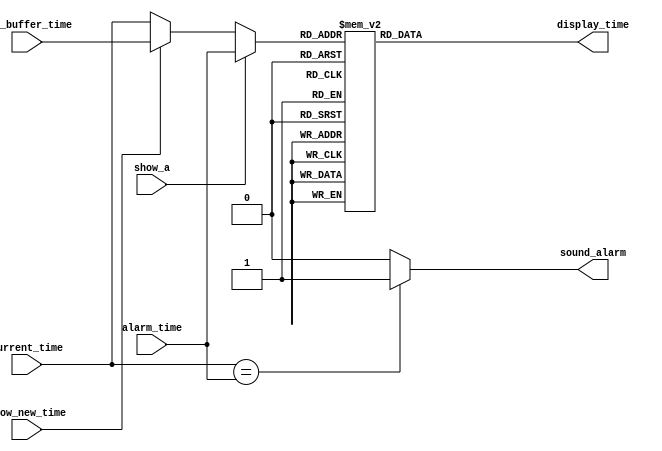
module display_driver_func (current_time,
                            show_new_time,
                            alarm_time,
                            key_buffer_time,
                            show_a,
                            sound_alarm,
                            display_time);

    input show_a, show_new_time;
    input [3:0] current_time;
    input [3:0] alarm_time;
    input [3:0] key_buffer_time;
    
    output reg sound_alarm;
    output reg [7:0] display_time;

    reg [3:0] lcd_display;

    parameter ZERO  = 8'h30,
              ONE   = 8'h31,
              TWO   = 8'h32,
              THREE = 8'h33,
              FOUR  = 8'h34,
              FIVE  = 8'h35,
              SIX   = 8'h36,
              SEVEN = 8'h37,
              EIGHT = 8'h38,
              NINE  = 8'h39,
              ERROR = 8'h3A;

    always @(show_a or show_new_time or current_time or alarm_time or key_buffer_time)
        begin
            if (show_a)
                lcd_display = alarm_time;
            else if (show_new_time)
                lcd_display = key_buffer_time;
            else
                lcd_display = current_time;
            if (current_time == alarm_time)
                sound_alarm = 1'b1;
            else
                sound_alarm = 1'b0;
        end
    
    always @(lcd_display)
        begin
            case (lcd_display)
                4'd0: display_time = ZERO;
                4'd1: display_time = ONE;
                4'd2: display_time = TWO;
                4'd3: display_time = THREE;
                4'd4: display_time = FOUR;
                4'd5: display_time = FIVE;
                4'd6: display_time = SIX;
                4'd7: display_time = SEVEN;
                4'd8: display_time = EIGHT;
                4'd9: display_time = NINE;
                default: display_time = ERROR;
            endcase 
        end
   
endmodule